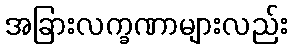
အခြားလက္ခဏာများလည်း